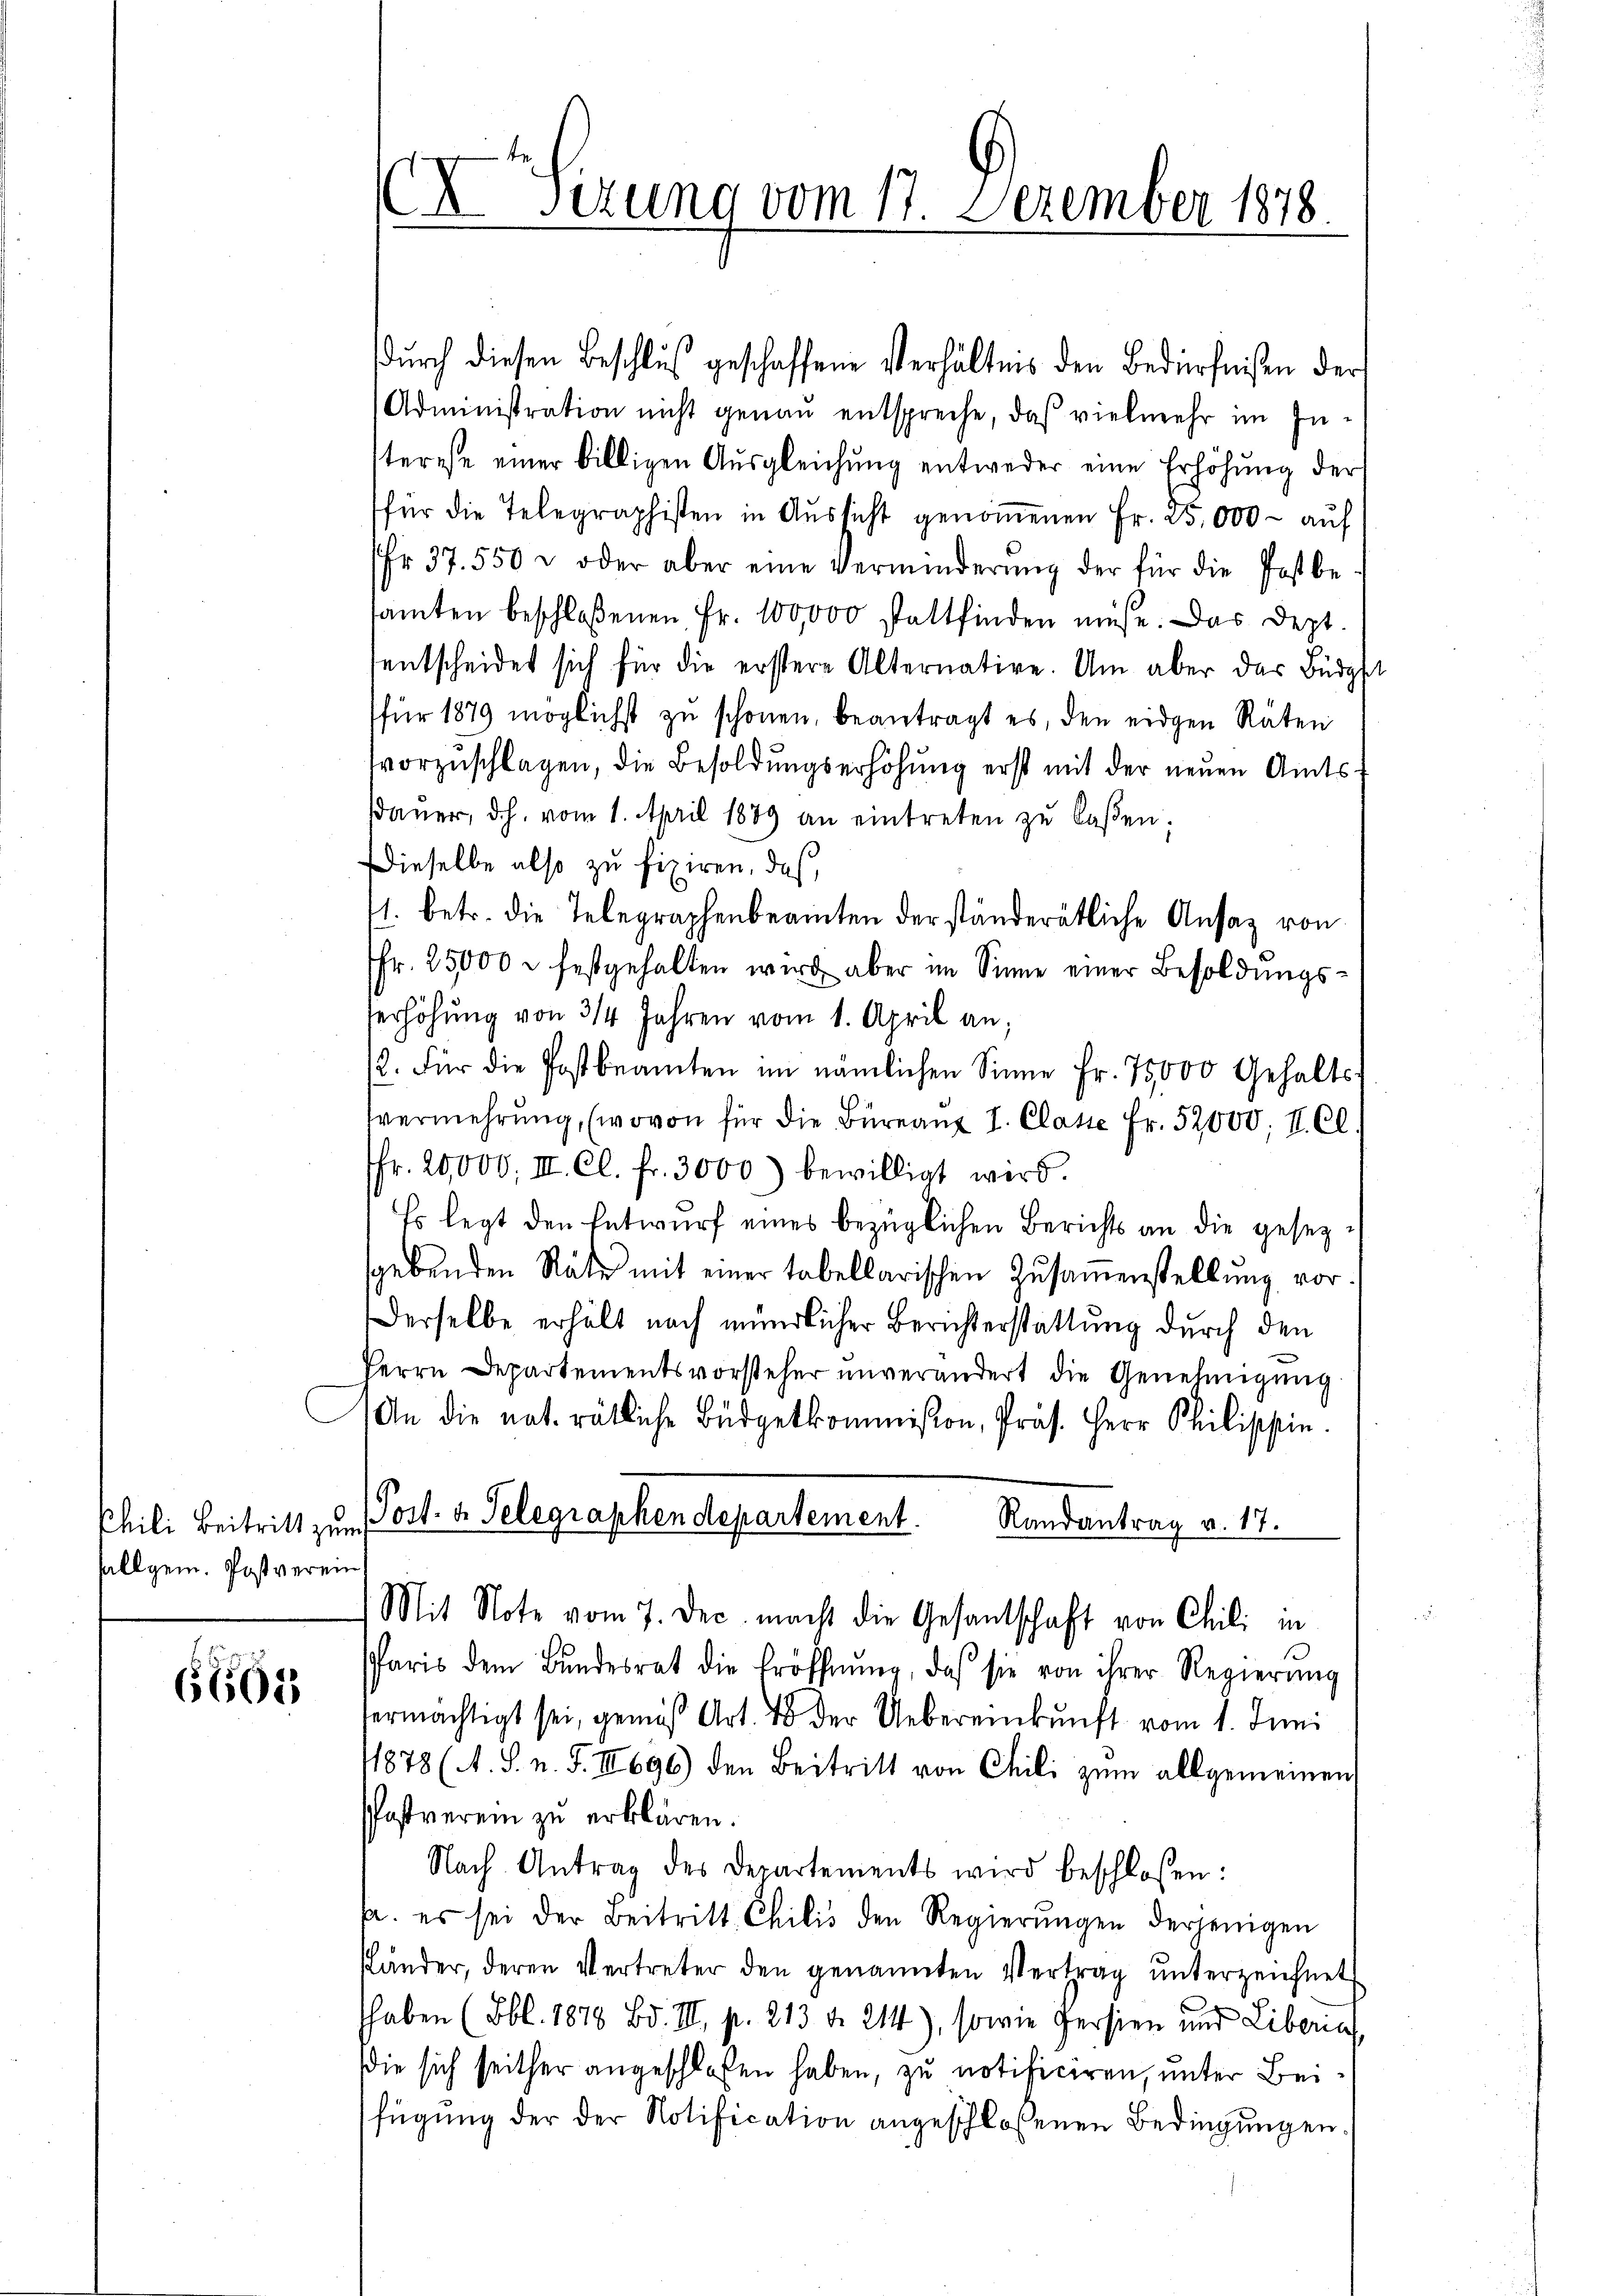
allgem. Post verein

6865

dŭrch diesen Beschlus geschaffene Verhältnis den Bedürfnißen der
Administration nicht genau entspreche, daß vielmehr im Interese einer billigen Aŭsgleichung entweder eine Erhöhŭng der
für die Telegraphisten in Aŭssicht genoṁenen Fr. 25,000 - auf
Fr. 37. 550 u oder aber eine Verminderŭng der für die Postbe-
samten beschloßenen Fr. 100,000 stattfinden müsse. Das Dept.
sentscheidet sich für die erstere Alternative. Um aber das Büdget
für 1879 möglichst zu schönen, beantragt es, den eidgen Räten
vorzuschlagen, die Besoldungserhöhung erst mit der neuen Amtsdaŭer, dh. vom 1. April 1889 an eintreten zŭ laßen;
Dieselbe also zu fixiren, daß
1. betr. die Telegraphenbeamten der ständerätliche Ansaz von
fr. 25000 u. festgehalten wird aber im Sinne einer Besoldungsserhöhŭng von 3/4 Jahren vom 1. April an;
12. Für die Postbeamten im nämlichen Sinne fr. 75000 Gehalts-
Vermehrŭng, (wovon für die Büreaŭ I. Classe Fr. 52,000, II. Cl.
fr. 20,000. III. Cl. fr. 3000) bewilligt wird.
Es legt den Entwŭrf eines bezüglichen Berichts an die gesezsgebenden Räte mit einer tabellarischen Zusammenstellung vor¬
Derselbe erhält nach mündlicher Berichterstattung durch den
Herrn Departementsvorsteher unverändert die Genehmigŭng
An die nat. rätliche Büdgetkommission, Präs. Herr Philippin
Phili Beitritt zum Post- u. Telegraphendepartement. Randantrag v. 17.
Mit Note vom 7. Dec. macht die Gesantschaft von Chili in
Paris dem Bŭndesrat die Eröffnŭng, daß sie von ihrer Regierŭng
ermächtigt sei, gemäß Art. 48 der Uebereinkunft vom 1. Juni
1878 (A. S. n. F. III 696) den Beitritt von Chili zum allgemeinen
Pfast verein zu erklären.
Nach Antrag des Departements wird beschlossen:
p. es sei der Beitritt Chilis den Regierŭngen derjenigen
Känder, deren Vertreter den genannten Vertrag unterzeichnet
haben (Bbl. 1878 Bd. III. p. 213. d. 214), sowie Persien und Liberin,
die sich seither angeschlossen haben, zu notificiren, unter Beifügung der der Notification angeschloßenen Bedingungen.

XSerung vom 17. Dezember 1878